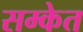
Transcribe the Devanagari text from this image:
सम्केत